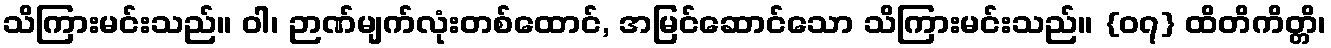
သိကြားမင်းသည်။ ဝါ၊ ဉာဏ်မျက်လုံးတစ်ထောင်, အမြင်ဆောင်သော သိကြားမင်းသည်။ {၀၇} ထိတိကိတ္တိ၊